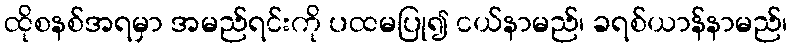
ထိုစနစ်အရမှာ အမည်ရင်းကို ပထမပြု၍ ငယ်နာမည်၊ ခရစ်ယာန်နာမည်၊